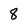
Character: 8